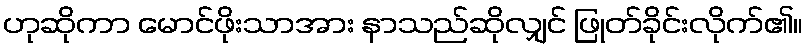
ဟုဆိုကာ မောင်ဖိုးသာအား နာသည်ဆိုလျှင် ဖြုတ်ခိုင်းလိုက်၏။